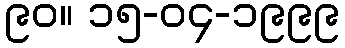
၉၀။ ၁၅-၀၄-၁၉၉၉